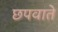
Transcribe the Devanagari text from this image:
छपवाते